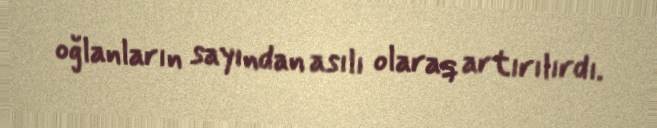
oğlanların sayından asılı olaraq artırılırdı.